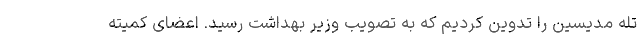
تله مدیسین را تدوین کردیم که به تصویب وزیر بهداشت رسید. اعضای کمیته